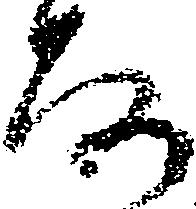
な